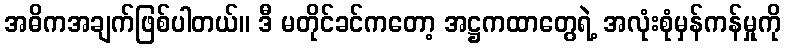
အဓိကအချက်ဖြစ်ပါတယ်။ ဒီ မတိုင်ခင်ကတော့ အဋ္ဌကထာတွေရဲ့ အလုံးစုံမှန်ကန်မှုကို